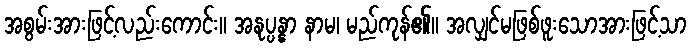
အစွမ်းအားဖြင့်လည်းကောင်း။ အနုပ္ပန္နာ နာမ၊ မည်ကုန်၏။ အလျှင်မဖြစ်ဖူးသောအားဖြင့်သာ